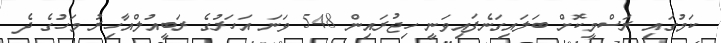
ކަމުގައި ރަސްމީކޮށް ބަލައިގަނެފައިވަނީ ހިޖުރައިން 548 ވަނަ އަހަރުގެ ރަބީއުލްއާހިރު މަހުގެ ދެ